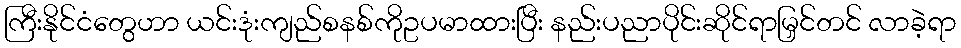
ကြီးနိုင်ငံတွေဟာ ယင်းဒုံးကျည်စနစ်ကိုဥပမာထားပြီး နည်းပညာပိုင်းဆိုင်ရာမြှင်တင် လာခဲ့ရာ